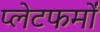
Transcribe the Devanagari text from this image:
प्‍लेटफर्मों